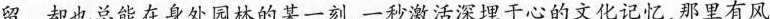
留。却也总能在身处园林的菜一刻，一秒激活深埋于心的文化记忆，那里有风